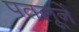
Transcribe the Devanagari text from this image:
पतलूनें